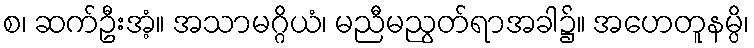
စ၊ ဆက်ဦးအံ့။ အသာမဂ္ဂိယံ၊ မညီမညွတ်ရာအခါ၌။ အဟေတူနမ္ပိ၊